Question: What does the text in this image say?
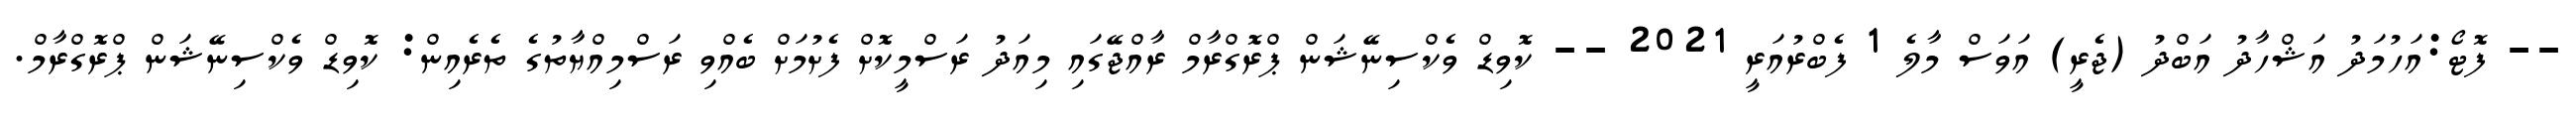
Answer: -- ފޮޓޯ:އަހުމަދު އަޝްހާދު އަބްދު (ޖެރީ) އަވަސް މާލެ 1 ފެބްރުއަރީ 2021 -- ކޮވިޑް ވެކްސިނޭޝަން ޕްރޮގްރާމް ރާއްޖޭގައި މިއަދު ރަސްމީކޮށް ފެށުމަށް ބެއްވި ރަސްމިއްޔާތުގެ ތެރެއިން: ކޮވިޑް ވެކްސިނޭޝަން ޕްރޮގްރާމް.